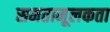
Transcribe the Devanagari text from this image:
समतामूलकता